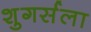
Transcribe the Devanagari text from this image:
शुगर्सला